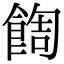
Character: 䭇